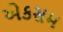
એકસમ